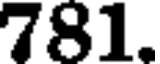
781.